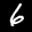
Label: 6